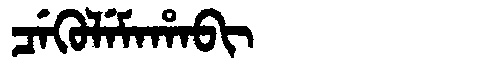
Manchu: ᠴᡝᡴᡠᠯᡝᠮᠠᡥᠠᠪᡳ
Romanization: CEKULEMAHABI